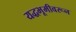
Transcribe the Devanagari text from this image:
यद्धभूमीवरून